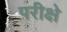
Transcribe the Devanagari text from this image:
परीक्षे